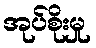
အုပ်စိုးမှု